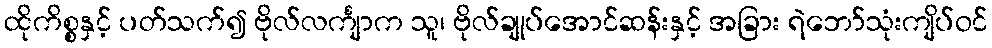
ထိုကိစ္စနှင့် ပတ်သက်၍ ဗိုလ်လင်္ကျာက သူ၊ ဗိုလ်ချုပ်အောင်ဆန်းနှင့် အခြား ရဲဘော်သုံးကျိပ်ဝင်